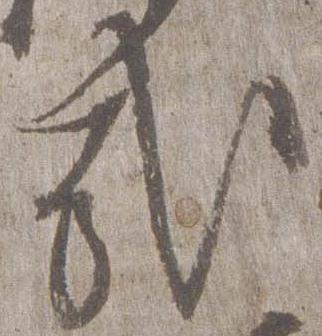
哉